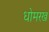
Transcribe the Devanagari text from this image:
धोमरख